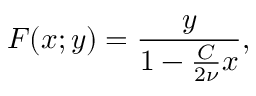
F ( x ; y ) = \frac { y } { 1 - \frac { C } { 2 \nu } x } ,